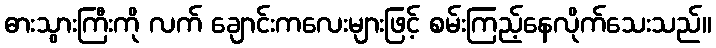
ဓားသွားကြီးကို လက် ချောင်းကလေးများဖြင့် စမ်းကြည့်နေလိုက်သေးသည်။